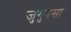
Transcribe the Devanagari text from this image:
जुगुपसा